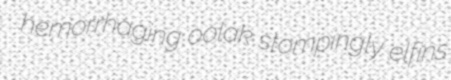
hemorrhaging oolak stompingly elfins